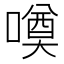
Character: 𱔥